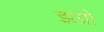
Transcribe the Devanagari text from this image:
झग्रो